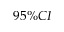
9 5 \% C I